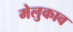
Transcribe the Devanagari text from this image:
मेलुकाव